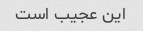
این عجیب است